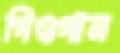
গিওগান